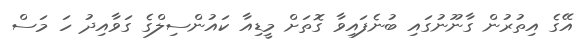
އޭގެ އިތުރުން ގާނޫނުގައި ބުނެފައިވާ ގޮތަށް މީޑިއާ ކައުންސިލްގެ ގަވާއިދު ހަ މަސް